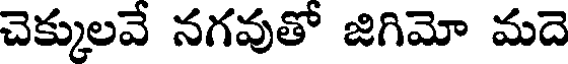
చెక్కులవే నగవుతో జిగిమో మదె